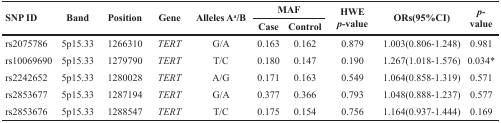
<table><thead><tr><td rowspan="2"><b>SNP ID</b></td><td rowspan="2"><b>Band</b></td><td rowspan="2"><b>Position</b></td><td rowspan="2"><b>Gene</b></td><td rowspan="2"><b>Alleles A<sup>a</sup>/B</b></td><td colspan="2"><b>MAF</b></td><td rowspan="2"><b>HWE <i>p</i>-value</b></td><td rowspan="2"><b>ORs(95%CI)</b></td><td rowspan="2"><b><i>p</i>-value</b></td></tr><tr><td><b>Case</b></td><td><b>Control</b></td></tr></thead><tbody><tr><td>rs2075786</td><td>5p15.33</td><td>1266310</td><td><i>TERT</i></td><td>G/A</td><td>0.163</td><td>0.162</td><td>0.879</td><td>1.003(0.806-1.248)</td><td>0.981</td></tr><tr><td>rs10069690</td><td>5p15.33</td><td>1279790</td><td><i>TERT</i></td><td>T/C</td><td>0.180</td><td>0.147</td><td>0.190</td><td>1.267(1.018-1.576)</td><td>0.034*</td></tr><tr><td>rs2242652</td><td>5p15.33</td><td>1280028</td><td><i>TERT</i></td><td>A/G</td><td>0.171</td><td>0.163</td><td>0.549</td><td>1.064(0.858-1.319)</td><td>0.571</td></tr><tr><td>rs2853677</td><td>5p15.33</td><td>1287194</td><td><i>TERT</i></td><td>G/A</td><td>0.377</td><td>0.366</td><td>0.793</td><td>1.048(0.888-1.237)</td><td>0.577</td></tr><tr><td>rs2853676</td><td>5p15.33</td><td>1288547</td><td><i>TERT</i></td><td>T/C</td><td>0.175</td><td>0.154</td><td>0.756</td><td>1.164(0.937-1.444)</td><td>0.169</td></tr></tbody></table>